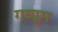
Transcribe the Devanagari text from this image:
गय्यूम